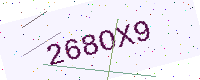
Text: 268OX9